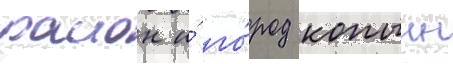
раион и́ го́род копыль